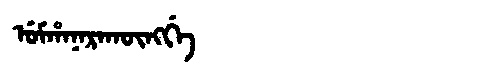
Manchu: ᡠᠮᡥᠠᠨᠠᡵᠠᡴᡡᠩᡤᡝ
Romanization: UMHANARAKŪNGGE